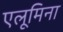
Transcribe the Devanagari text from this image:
एलूमिना